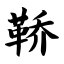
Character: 鞒